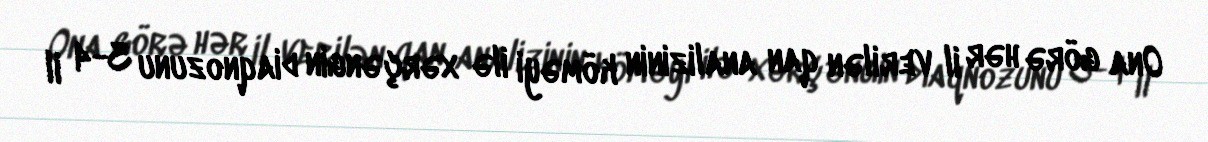
Ona görə hər il verilən qan analizinin köməyi ilə xərçəngin diaqnozunu 3-4 il